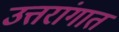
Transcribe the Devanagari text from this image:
उत्तरांगात